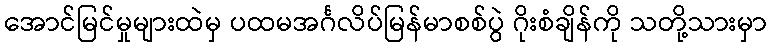
အောင်မြင်မှုများထဲမှ ပထမအင်္ဂလိပ်မြန်မာစစ်ပွဲ ဂိုးစံချိန်ကို သတို့သားမှာ